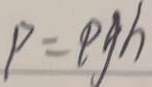
P = \rho g h